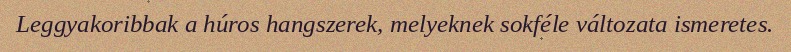
Leggyakoribbak a húros hangszerek, melyeknek sokféle változata ismeretes.